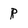
Character: P